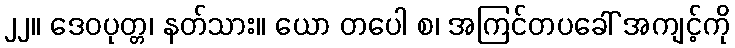
၂၂။ ဒေဝပုတ္တ၊ နတ်သား။ ယော တပေါ စ၊ အကြင်တပခေါ် အကျင့်ကို